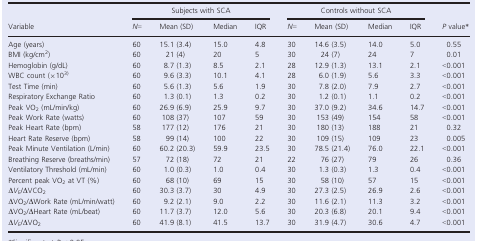
<table><thead><tr><td rowspan="2"><b>Variable</b></td><td colspan="4"><b>Subjects with SCA</b></td><td colspan="4"><b>Controls without SCA</b></td><td rowspan="2"><b><i>P</i> value*</b></td></tr><tr><td><b><i>N</i>=</b></td><td><b>Mean (SD)</b></td><td><b>Median</b></td><td><b>IQR</b></td><td><b><i>N</i>=</b></td><td><b>Mean (SD)</b></td><td><b>Median</b></td><td><b>IQR</b></td></tr></thead><tbody><tr><td>Age (years)</td><td>60</td><td>15.1 (3.4)</td><td>15.0</td><td>4.8</td><td>30</td><td>14.6 (3.5)</td><td>14.0</td><td>5.0</td><td>0.55</td></tr><tr><td>BMI (kg/cm<sup>2</sup>)</td><td>60</td><td>21 (4)</td><td>20</td><td>5</td><td>30</td><td>24 (7)</td><td>24</td><td>7</td><td>0.01</td></tr><tr><td>Hemoglobin (g/dL)</td><td>60</td><td>8.7 (1.3)</td><td>8.5</td><td>2.1</td><td>28</td><td>12.9 (1.3)</td><td>13.1</td><td>2.1</td><td>&lt;0.001</td></tr><tr><td>WBC count (×10<sup>3)</sup></td><td>60</td><td>9.6 (3.3)</td><td>10.1</td><td>4.1</td><td>28</td><td>6.0 (1.9)</td><td>5.6</td><td>3.3</td><td>&lt;0.001</td></tr><tr><td>Test Time (min)</td><td>60</td><td>5.6 (1.3)</td><td>5.6</td><td>1.9</td><td>30</td><td>7.8 (2.0)</td><td>7.9</td><td>2.7</td><td>&lt;0.001</td></tr><tr><td>Respiratory Exchange Ratio</td><td>60</td><td>1.3 (0.1)</td><td>1.3</td><td>0.2</td><td>30</td><td>1.2 (0.1)</td><td>1.1</td><td>0.2</td><td>&lt;0.001</td></tr><tr><td>Peak VO<sub>2</sub> (mL/min/kg)</td><td>60</td><td>26.9 (6.9)</td><td>25.9</td><td>9.7</td><td>30</td><td>37.0 (9.2)</td><td>34.6</td><td>14.7</td><td>&lt;0.001</td></tr><tr><td>Peak Work Rate (watts)</td><td>60</td><td>108 (37)</td><td>107</td><td>59</td><td>30</td><td>153 (49)</td><td>154</td><td>58</td><td>&lt;0.001</td></tr><tr><td>Peak Heart Rate (bpm)</td><td>58</td><td>177 (12)</td><td>176</td><td>21</td><td>30</td><td>180 (13)</td><td>188</td><td>21</td><td>0.32</td></tr><tr><td>Heart Rate Reserve (bpm)</td><td>58</td><td>99 (14)</td><td>100</td><td>22</td><td>30</td><td>109 (15)</td><td>109</td><td>23</td><td>0.005</td></tr><tr><td>Peak Minute Ventilation (L/min)</td><td>60</td><td>60.2 (20.3)</td><td>59.9</td><td>23.5</td><td>30</td><td>78.5 (21.4)</td><td>76.0</td><td>22.1</td><td>&lt;0.001</td></tr><tr><td>Breathing Reserve (breaths/min)</td><td>57</td><td>72 (18)</td><td>72</td><td>21</td><td>22</td><td>76 (27)</td><td>79</td><td>26</td><td>0.36</td></tr><tr><td>Ventilatory Threshold (mL/min)</td><td>60</td><td>1.0 (0.3)</td><td>1.0</td><td>0.4</td><td>30</td><td>1.3 (0.3)</td><td>1.3</td><td>0.4</td><td>&lt;0.001</td></tr><tr><td>Percent peak VO<sub>2</sub> at VT (%)</td><td>60</td><td>68 (10)</td><td>69</td><td>15</td><td>30</td><td>58 (10)</td><td>57</td><td>15</td><td>&lt;0.001</td></tr><tr><td>Δ<i>V</i><sub>E</sub>/ΔVCO<sub>2</sub></td><td>60</td><td>30.3 (3.7)</td><td>30</td><td>4.9</td><td>30</td><td>27.3 (2.5)</td><td>26.9</td><td>2.6</td><td>&lt;0.001</td></tr><tr><td>ΔVO<sub>2</sub>/ΔWork Rate (mL/min/watt)</td><td>60</td><td>9.2 (2.1)</td><td>9.0</td><td>2.2</td><td>30</td><td>11.6 (2.1)</td><td>11.3</td><td>3.2</td><td>&lt;0.001</td></tr><tr><td>ΔVO<sub>2</sub>/ΔHeart Rate (mL/beat)</td><td>60</td><td>11.7 (3.7)</td><td>12.0</td><td>5.6</td><td>30</td><td>20.3 (6.8)</td><td>20.1</td><td>9.4</td><td>&lt;0.001</td></tr><tr><td>Δ<i>V</i><sub>E</sub>/ΔVO<sub>2</sub></td><td>60</td><td>41.9 (8.1)</td><td>41.5</td><td>13.7</td><td>30</td><td>31.9 (4.7)</td><td>30.6</td><td>4.7</td><td>&lt;0.001</td></tr></tbody></table>